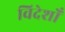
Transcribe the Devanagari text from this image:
विदेशोँ